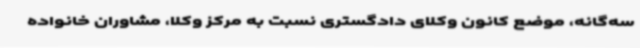
سه‌گانه، موضع کانون وکلای دادگستری نسبت به مرکز وکلا، مشاوران خانواده